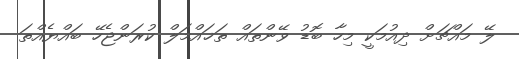
ލޭ މައްޗަށް ދިއުމަކީ މިހާ ބޮޑު ވޭންތައް ތަޚައްމަލް ކުރަންޖެހޭ ބައްޔެއްތަ